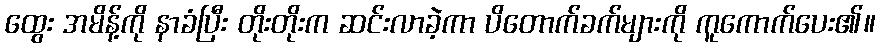
ထွေး အမိန့်ကို နာခံပြီး တိုးတိုးက ဆင်းလာခဲ့ကာ ပိတောက်ခက်များကို ကူကောက်ပေး၏။